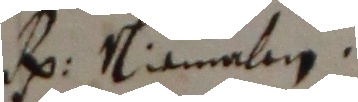
Ps Namaliis.